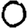
Digit: 0